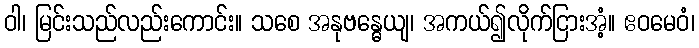
ဝါ၊ မြင်းသည်လည်းကောင်း။ သစေ အနုဗန္ဓေယျ၊ အကယ်၍လိုက်ငြားအံ့။ ဧဝမေဝံ၊